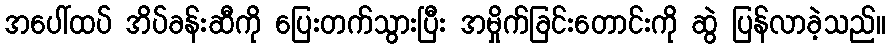
အပေါ်ထပ် အိပ်ခန်းဆီကို ပြေးတက်သွားပြီး အမှိုက်ခြင်းတောင်းကို ဆွဲ ပြန်လာခဲ့သည်။